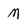
Character: M